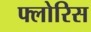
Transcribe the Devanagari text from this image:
फ्लोरिस